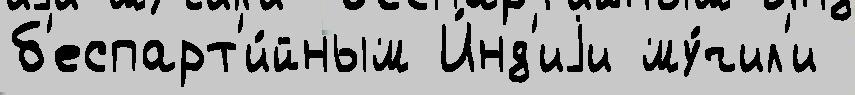
б'еспарт'и́йным И́нд'иjи му́чил'и